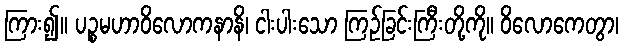
ကြား၍။ ပဉ္စမဟာဝိလောကနာနိ၊ ငါးပါးသော ကြဉ်ခြင်းကြီးတို့ကို။ ဝိလောကေတွာ၊